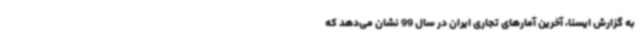
به گزارش ایسنا، آخرین آمارهای تجاری ایران در سال 99 نشان می‌دهد که